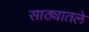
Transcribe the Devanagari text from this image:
साठ्यातले